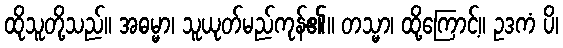
ထိုသူတို့သည်။ အဓမ္မာ၊ သူယုတ်မည်ကုန်၏။ တသ္မာ၊ ထို့ကြောင့်။ ဥဒကံ ပိ၊